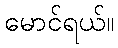
မောင်ရယ်။